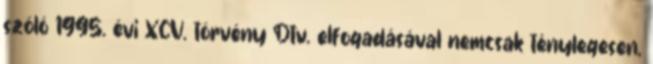
szóló 1995. évi XCV. törvény Dtv. elfogadásával nemcsak ténylegesen,